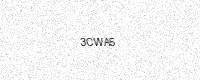
Text: 3CWA5